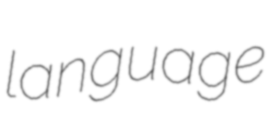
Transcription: language